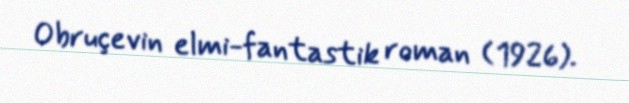
Obruçevin elmi-fantastik roman (1926).